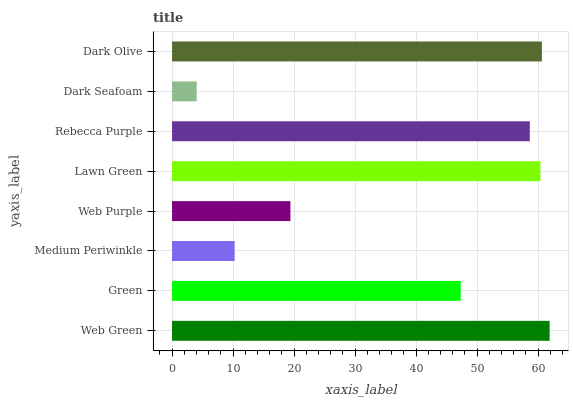
| yaxis_label | bars |
 | --- | --- |
 | Web Green | 61.9 |
 | Green | 47.3 |
 | Medium Periwinkle | 10.3 |
 | Web Purple | 19.4 |
 | Lawn Green | 60.4 |
 | Rebecca Purple | 58.6 |
 | Dark Seafoam | 4.04 |
 | Dark Olive | 60.6 |